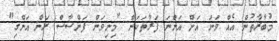
މުބާރާތުން އެއް ވަނަ އަށް އަންނަ ފަރާތަކަށް "މިނިވަން ފަންސާސް ރަން އަންގި"